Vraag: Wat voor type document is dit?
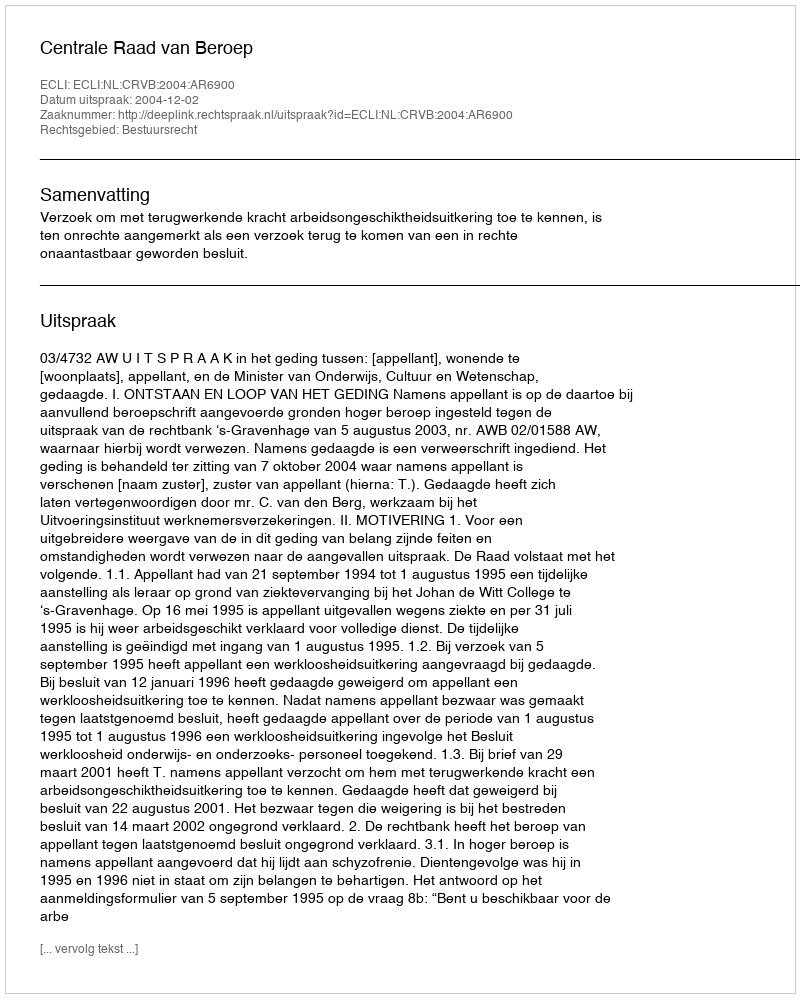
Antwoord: Uitspraak